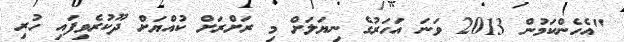
"އެހެންކަމުން 2013 ވަނަ އަހަރުގެ ނިޔަލަށް މި ރަށްރަށް ކުއްޔަށް ދޫކުރެވިފައި ހުރި